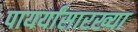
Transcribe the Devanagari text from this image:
पायर्यांसारख्या